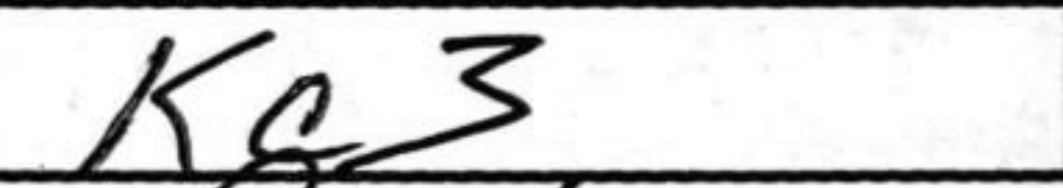
Transcription: Kc3